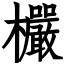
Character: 欕